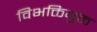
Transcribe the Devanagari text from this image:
विभक्तियुक्त